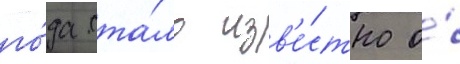
го́да ста́ло изв'е́стно о́